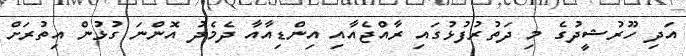
އަދި ހޫރުޝީދުގެ މި ދަތުރުފުޅުގައި ރާއްޖެއާއި އިންޑިއާއާ ދެމެދު އޮންނަ ގުޅުން އިތުރަށް